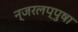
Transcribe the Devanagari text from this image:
न्जरलप्पुषा